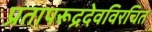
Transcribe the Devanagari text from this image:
प्रतापरूद्रदेवविरचित